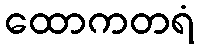
ထောကတရံ